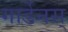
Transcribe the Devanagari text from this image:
गार्डेनस्